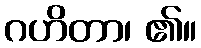
ဂဟိတာ၊ ၏။